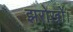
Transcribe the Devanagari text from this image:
झरोखों।